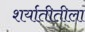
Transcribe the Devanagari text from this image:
शर्यातीतीला